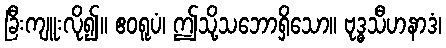
ခြီးကျူးလို၍။ ဧဝရူပံ၊ ဤသို့သဘောရှိသော။ ဗုဒ္ဓသီဟနာဒံ၊